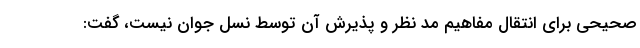
صحیحی برای انتقال مفاهیم مد نظر و پذیرش آن توسط نسل جوان نیست، گفت: